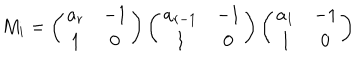
M _ { i } = \left( \begin{array} { c c } { { a _ { r } } } & { { - 1 } } \\ { { 1 } } & { { 0 } } \\ \end{array} \right) \left( \begin{array} { c c } { { a _ { r - 1 } } } & { { - 1 } } \\ { { 1 } } & { { 0 } } \\ \end{array} \right) \left( \begin{array} { c c } { { a _ { 1 } } } & { { - 1 } } \\ { { 1 } } & { { 0 } } \\ \end{array} \right)